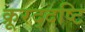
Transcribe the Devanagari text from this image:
क्रूरद्दष्टि